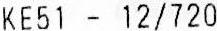
KE51 - 12/720